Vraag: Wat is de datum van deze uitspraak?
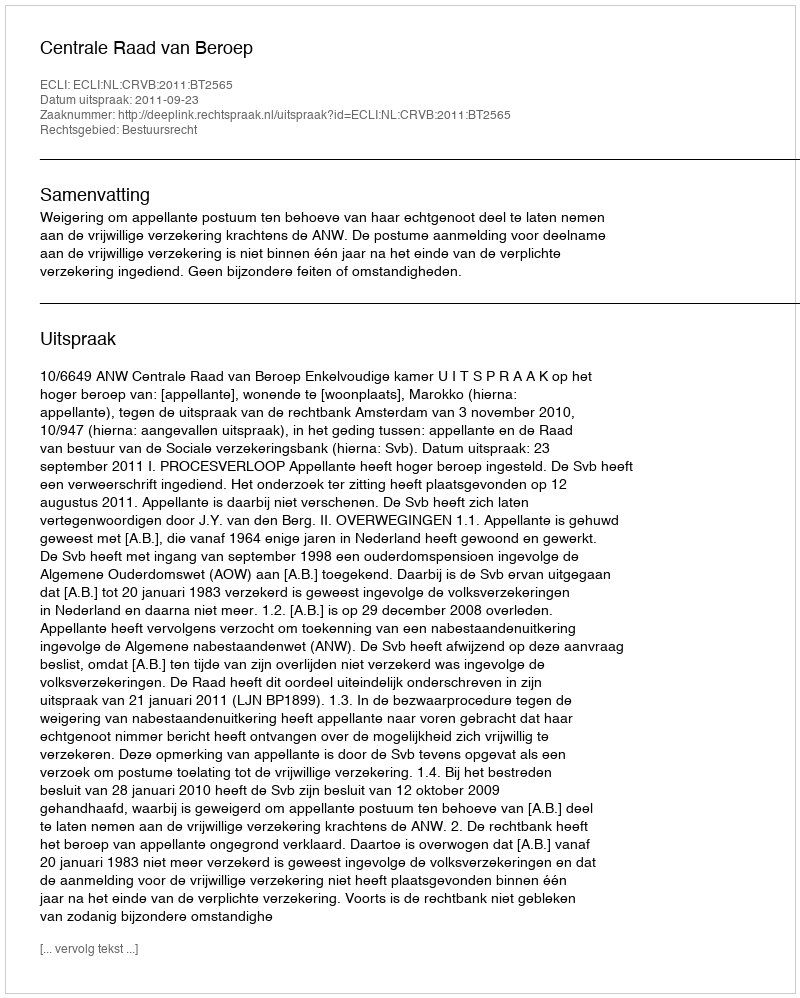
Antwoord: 2011-09-23